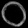
Digit: ၀